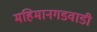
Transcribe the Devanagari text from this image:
महिमानगडवाडी